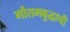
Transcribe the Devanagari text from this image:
गौतमबुद्धाची